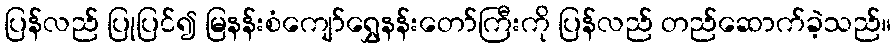
ပြန်လည် ပြုပြင်၍ မြနန်းစံကျော်ရွှေနန်းတော်ကြီးကို ပြန်လည် တည်ဆောက်ခဲ့သည်။